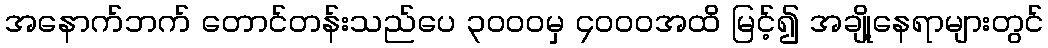
အနောက်ဘက် တောင်တန်းသည်ပေ ၃၀၀၀မှ ၄၀၀၀အထိ မြင့်၍ အချို့နေရာများတွင်